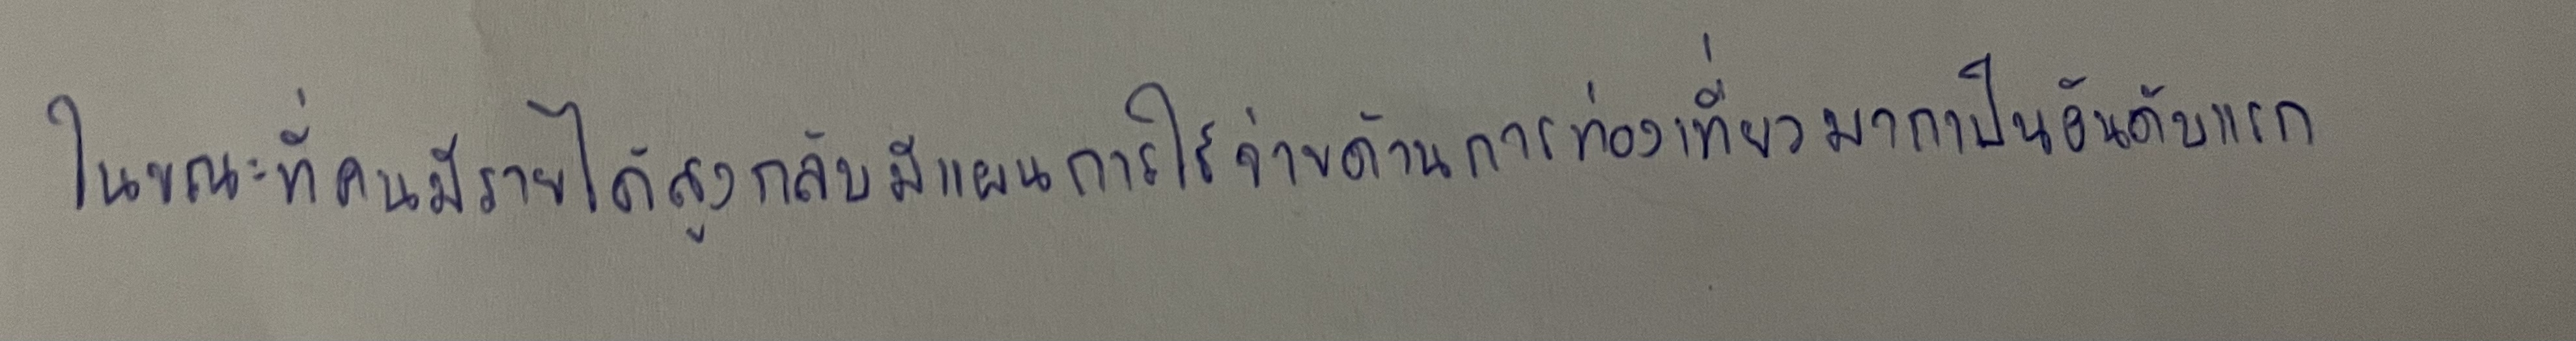
ในขณะที่คนมีรายได้สูงกลับมีแผนการใช้จ่ายด้านการท่องเที่ยวมากเป็นอันดับแรก